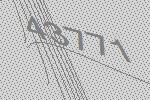
43771